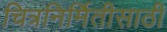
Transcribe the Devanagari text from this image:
चित्रनिर्मितीसाठी